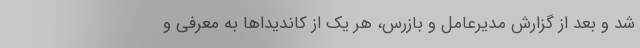
شد و بعد از گزارش مدیرعامل و بازرس، هر یک از کاندیداها به معرفی و